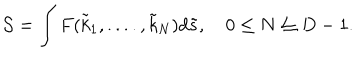
{ \cal S } = \int F ( { \tilde { k } } _ { 1 } , . . . . , { \tilde { k } } _ { N } ) d { \tilde { s } } , \quad 0 \leq N \leq D - 1 .